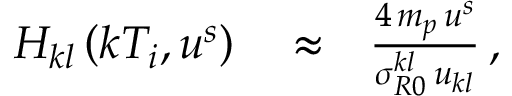
\begin{array} { r l r } { H _ { k l } \left( k T _ { i } , u ^ { s } \right) } & { { } \approx } & { \frac { 4 \, m _ { p } \, u ^ { s } } { \sigma _ { R 0 } ^ { k l } \, u _ { k l } } \, , } \end{array}